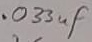
Text: .033uF